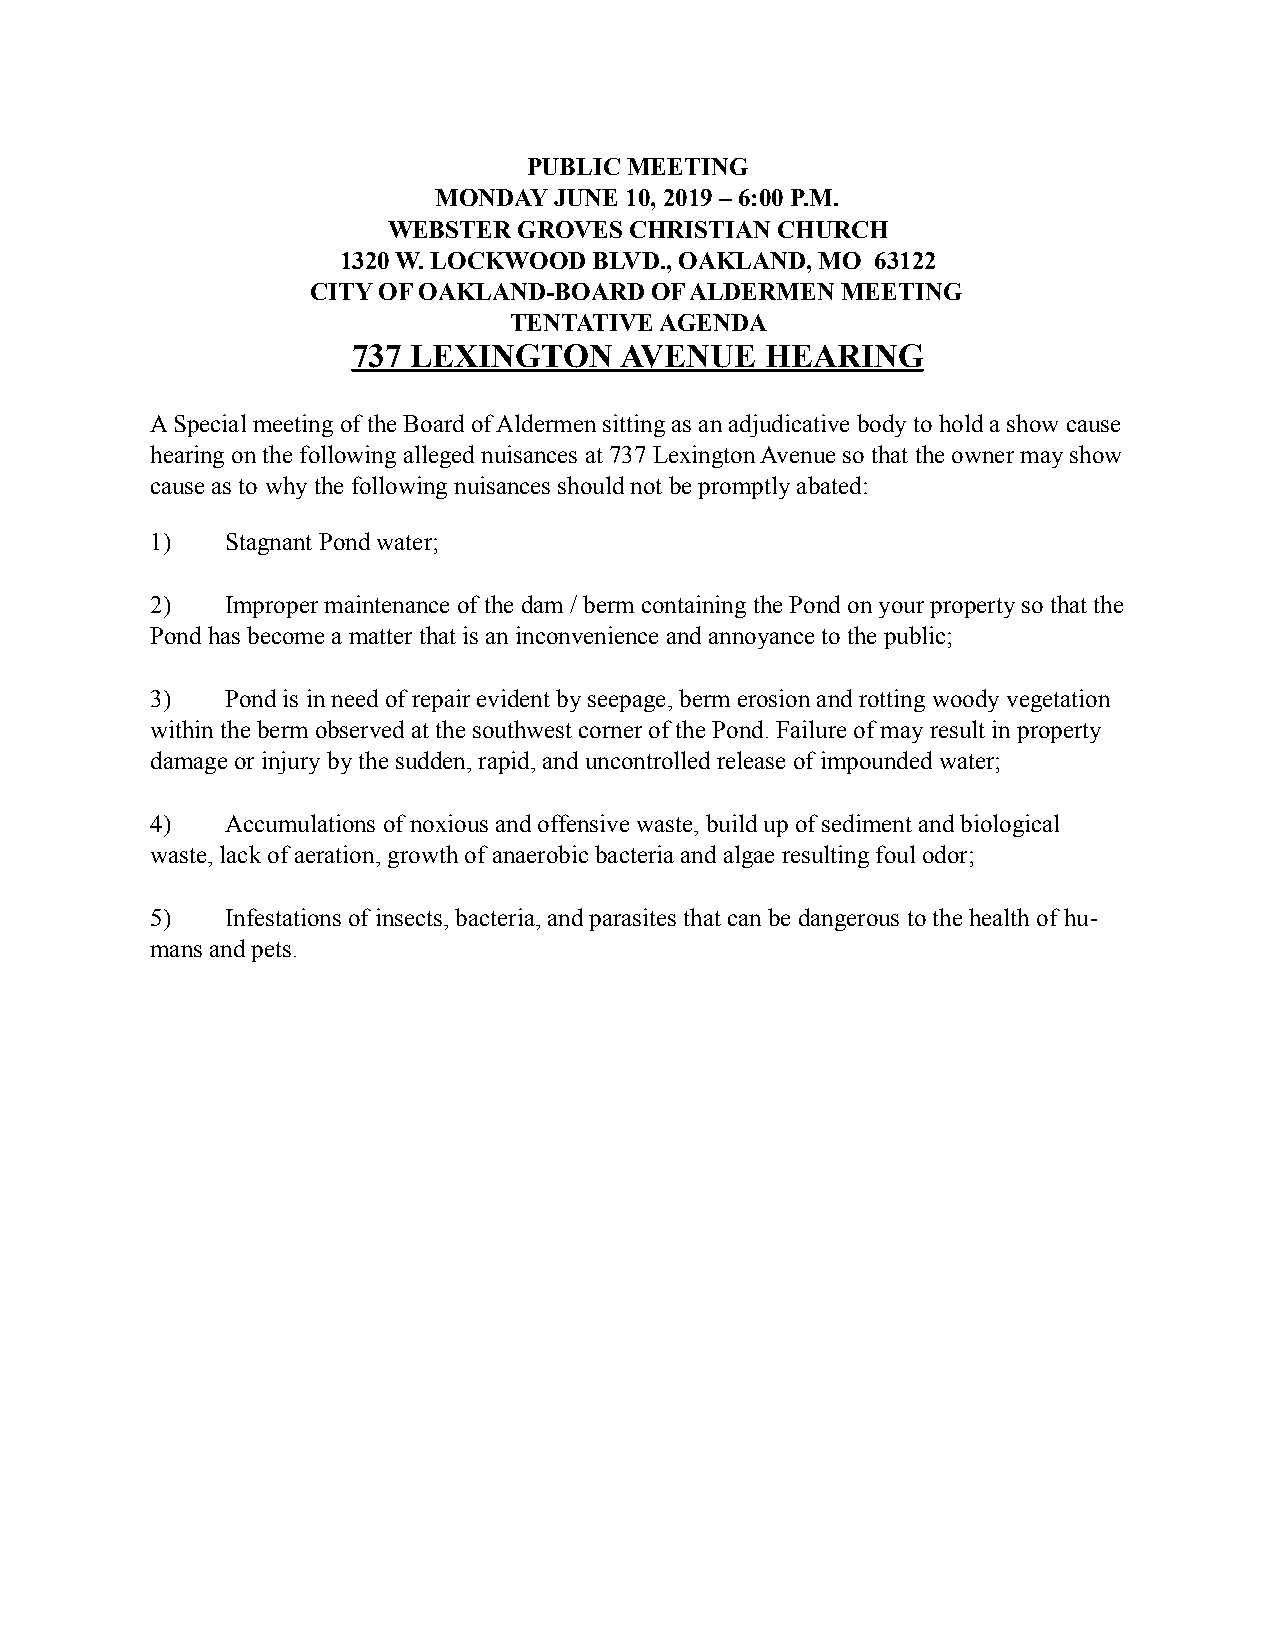
PUBLIC MEETING
 MONDAY  JUNE 10, 2019 – 6:00 P.M.
 WEBSTER GROVES  CHRISTIAN CHURCH
 1320 W. LOCKWOOD BLVD., OAKLAND, MO 63122
 CITY OF OAKLAND-BOARD OF ALDERMEN  MEETING
 TENTATIVE AGENDA
 737 LEXINGTON     AVENUE    HEARING
 A Special meeting of the Board of Aldermen sitting as an adjudicative body to hold a show cause
 hearing on the following alleged nuisances at 737 Lexington Avenue so that the owner may show
 cause as to why the following nuisances should not be promptly abated:
 1)   Stagnant Pond water;
 2)   Improper maintenance of the dam / berm containing the Pond on your property so that the
 Pond has become a matter that is an inconvenience and annoyance to the public;
 3)   Pond is in need of repair evident by seepage, berm erosion and rotting woody vegetation
 within the berm observed at the southwest corner of the Pond. Failure of may result in property
 damage or injury by the sudden, rapid, and uncontrolled release of impounded water;
 4)   Accumulations of noxious and offensive waste, build up of sediment and biological
 waste, lack of aeration, growth of anaerobic bacteria and algae resulting foul odor;
 5)   Infestations of insects, bacteria, and parasites that can be dangerous to the health of hu-
 mans and pets.